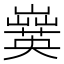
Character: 𡾗